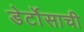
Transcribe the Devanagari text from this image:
डेर्टोसाची